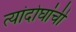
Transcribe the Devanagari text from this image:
त्यांदोघांची